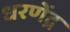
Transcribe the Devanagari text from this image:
धरणेंद्र